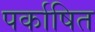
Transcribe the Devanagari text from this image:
पर्काषित